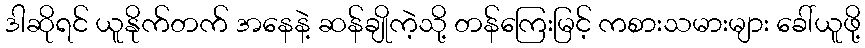
ဒါဆိုရင် ယူနိုက်တက် အနေနဲ့ ဆန်ချိုကဲ့သို့ တန်ကြေးမြင့် ကစားသမားများ ခေါ်ယူဖို့